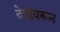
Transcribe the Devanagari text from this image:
देवांवरून